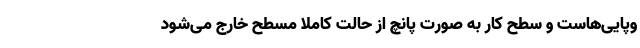
وپایی‌هاست و سطح کار به صورت پانچ از حالت کاملاً مسطح خارج می‌شود